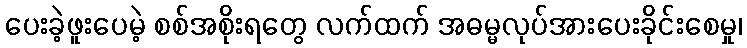
ပေးခဲ့ဖူးပေမဲ့ စစ်အစိုးရတွေ လက်ထက် အဓမ္မလုပ်အားပေးခိုင်းစေမှု၊